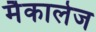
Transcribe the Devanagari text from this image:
मैकालेज